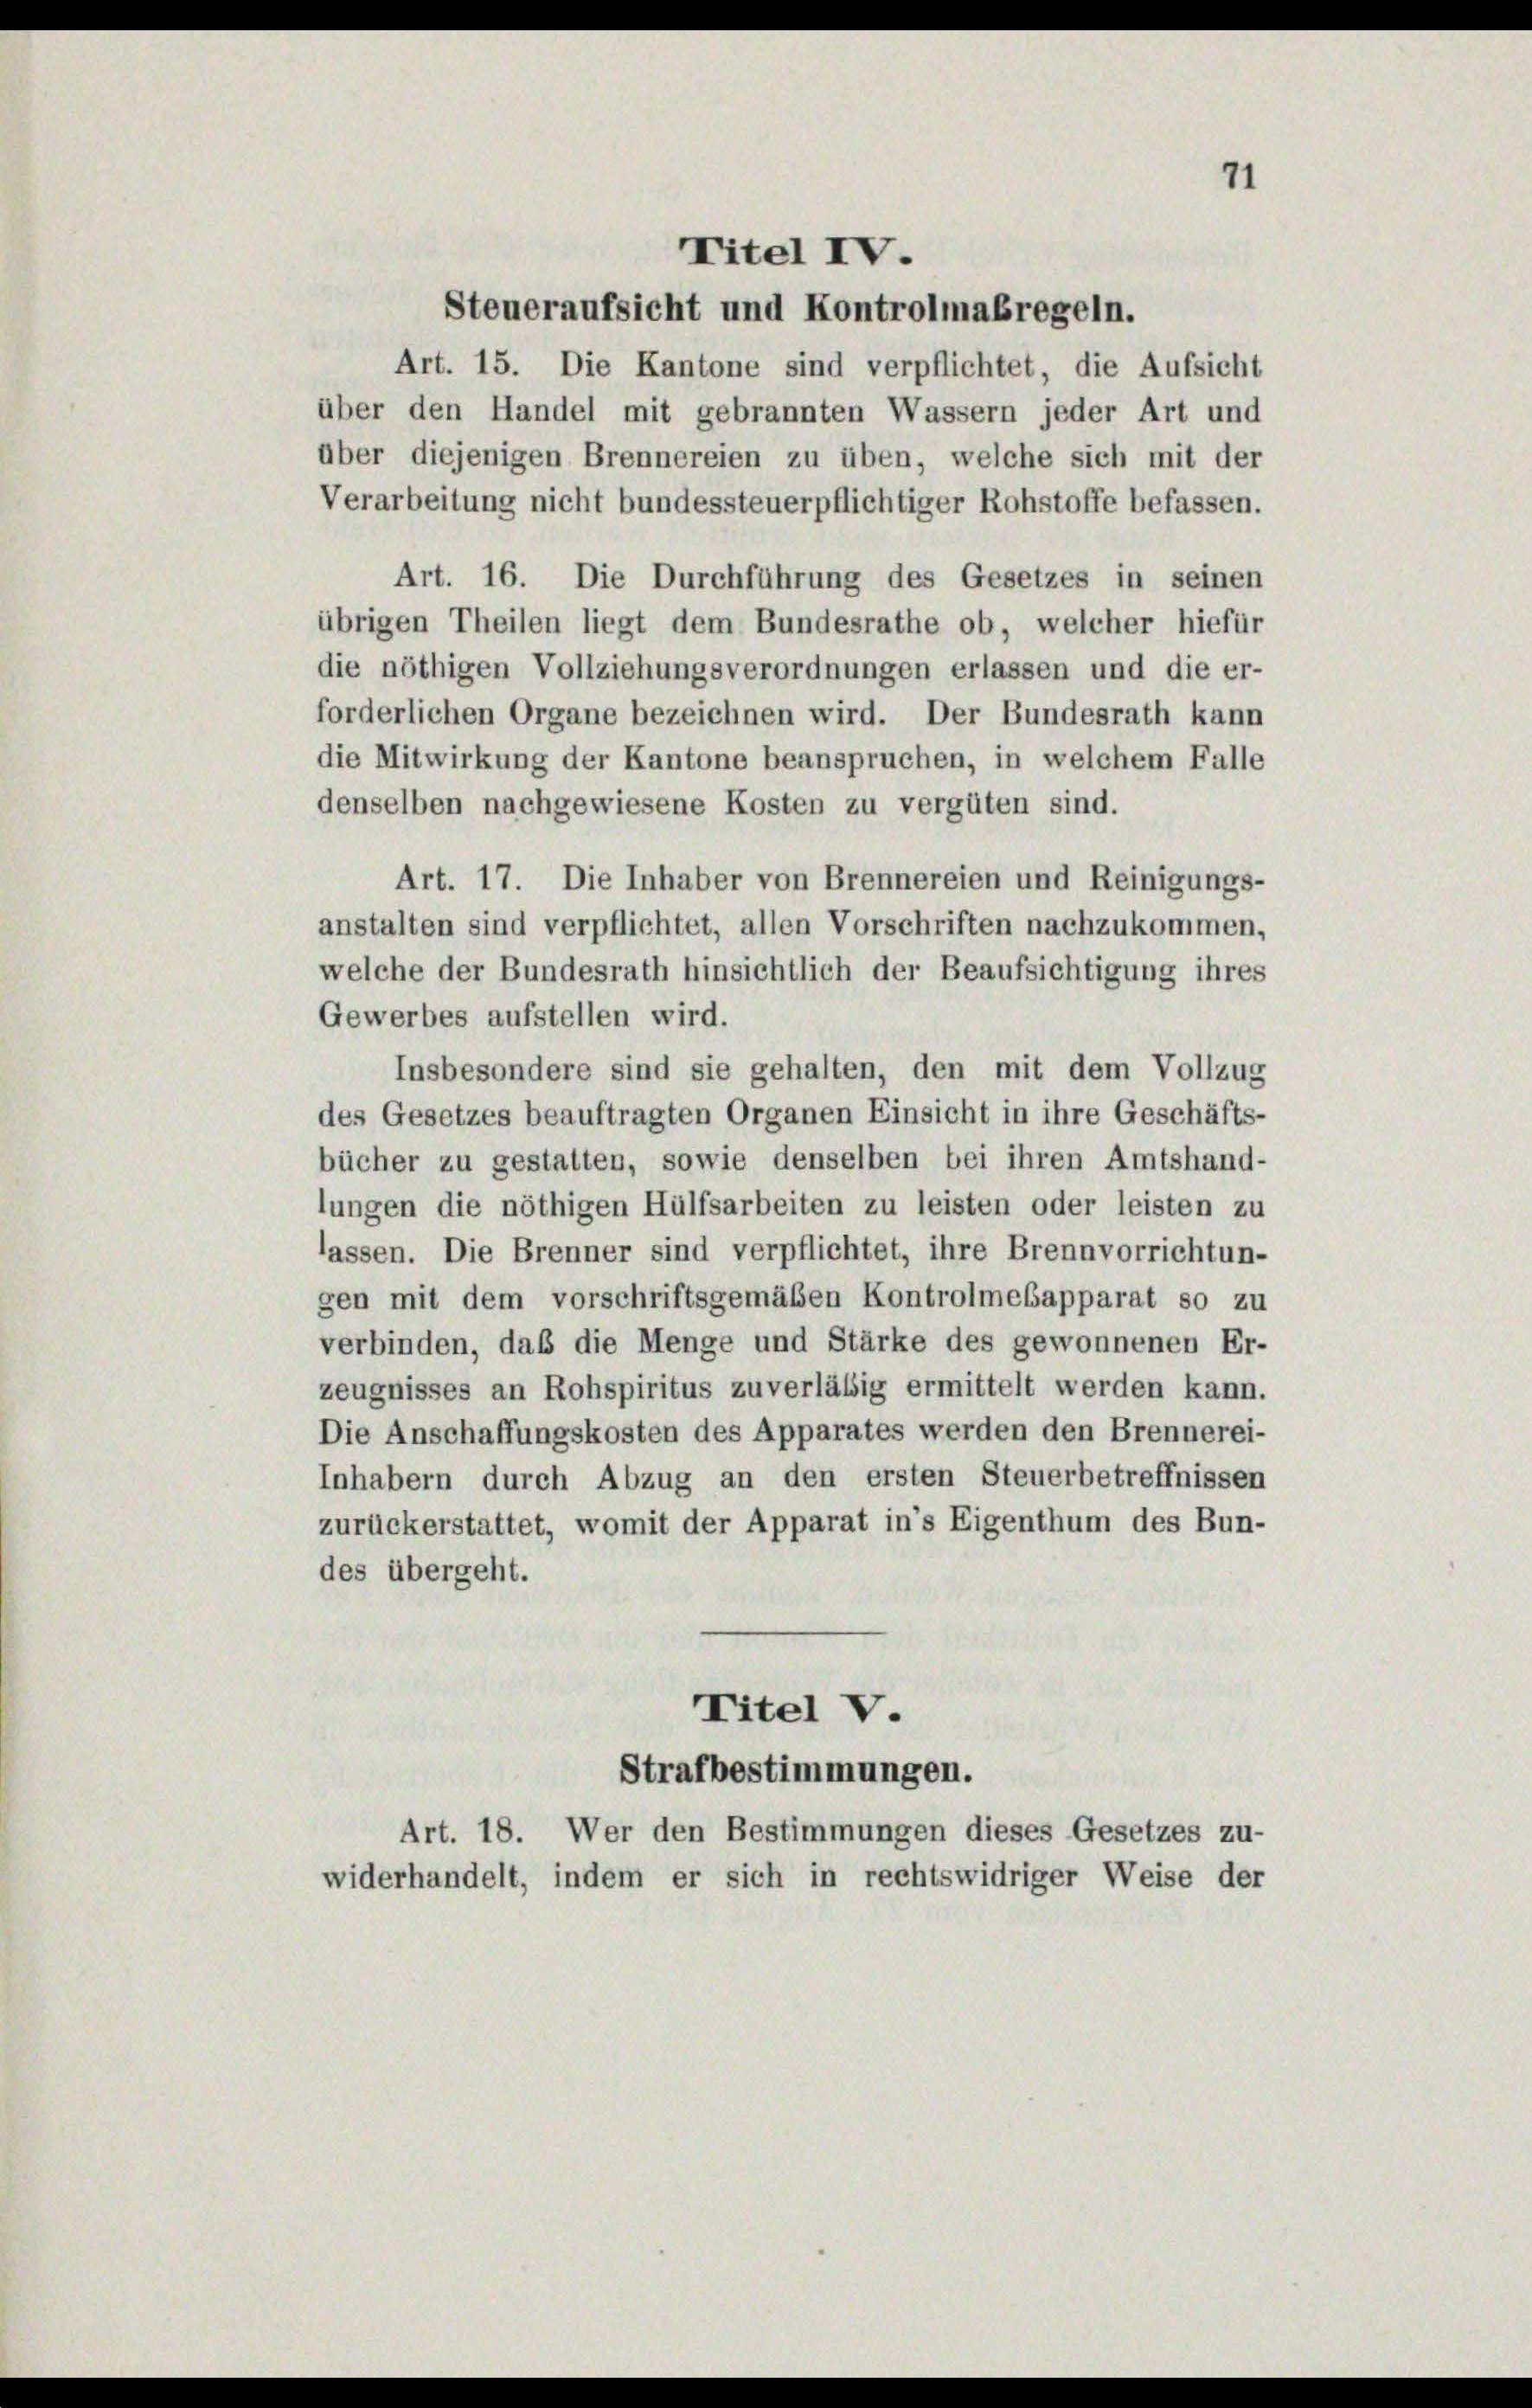
Steueraufsicht und Kontrolmaßregeln.
Art. 15. Die Kantone sind verpflichtet, die Aufsicht
über den Handel mit gebrannten Wassern jeder Art und
über diejenigen Brennereien zu üben, welche sich mit der
Verarbeitung nicht bundessteuerpflichtiger Rohstoffe befassen.
Art. 16. Die Durchführung des Gesetzes in seinen
übrigen Theilen liegt dem Bundesrathe ob, welcher hiefür
die nöthigen Vollziehungsverordnungen erlassen und die er-
forderlichen Organe bezeichnen wird. Der Bundesrath kann
die Mitwirkung der Kantone beanspruchen, in welchem Falle
denselben nachgewiesene Kosten zu vergüten sind.
Art. 17. Die Inhaber von Brennereien und Reinigungs-
anstalten sind verpflichtet, allen Vorschriften nachzukommen,
welche der Bundesrath hinsichtlich der Beaufsichtigung ihres
Gewerbes aufstellen wird.
Insbesondere sind sie gehalten, den mit dem Vollzug
des Gesetzes beauftragten Organen Einsicht in ihre Geschäfts-
bücher zu gestatten, sowie denselben bei ihren Amtshand-
lungen die nöthigen Hülfsarbeiten zu leisten oder leisten zu
lassen. Die Brenner sind verpflichtet, ihre Brennvorrichtun-
gen mit dem vorschriftsgemäßen Kontrolmebapparat so zu
verbinden, daß die Menge und Stärke des gewonnenen Er-
zeugnisses an Rohspiritus zuverläßig ermittelt werden kann.
Die Anschaffungskosten des Apparates werden den Brennerei-
Inhabern durch Abzug an den ersten Steuerbetreffnissen
zurückerstattet, womit der Apparat in’s Eigenthum des Bun-
des übergeht.
Titel V.
Strafbestimmungen.
Art. 18. Wer den Bestimmungen dieses Gesetzes zu-
widerhandelt, indem er sich in rechtswidriger Weise der

Titel IV.